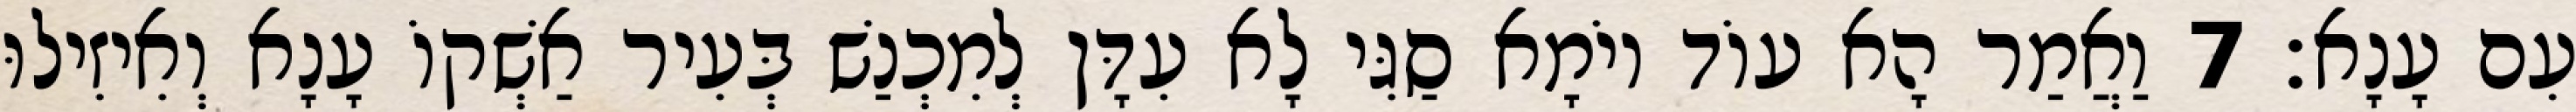
עִם עָנָא׃ 7 וַאֲמַר הָא עוֹד יוֹמָא סַגִּי לָא עִדָּן לְמִכְנַשׁ בְּעִיר אַשְׁקוֹ עָנָא וְאִיזִילוּ